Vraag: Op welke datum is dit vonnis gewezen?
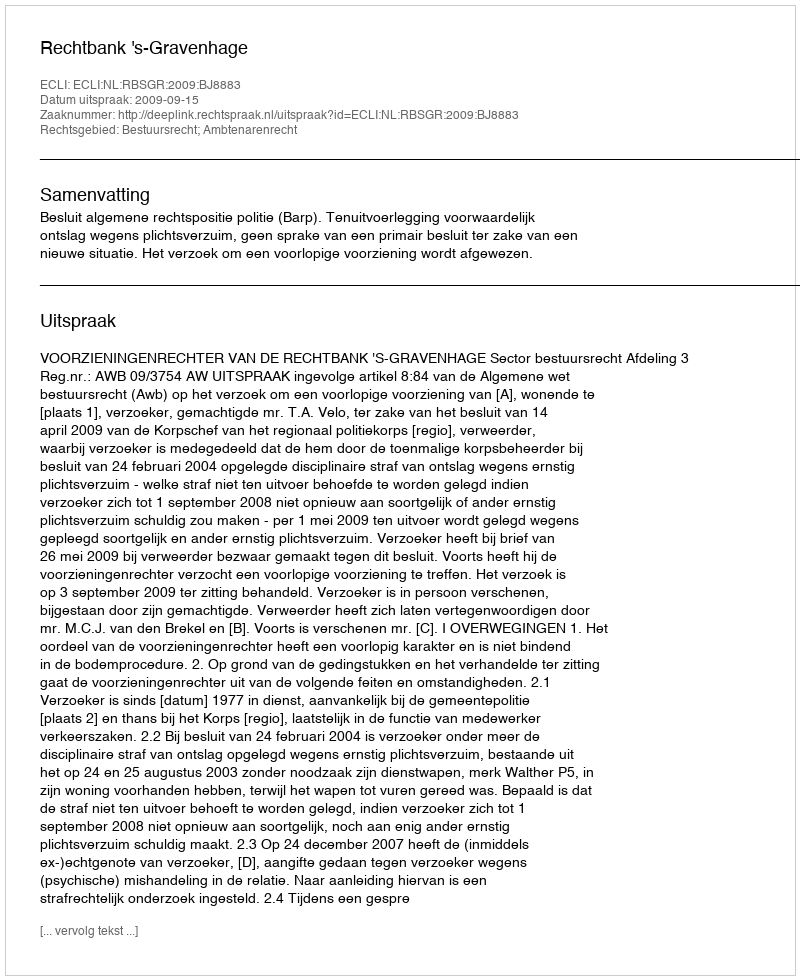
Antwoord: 2009-09-15